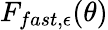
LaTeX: F_{fast,\epsilon}(\theta)